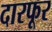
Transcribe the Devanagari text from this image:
दारफूर